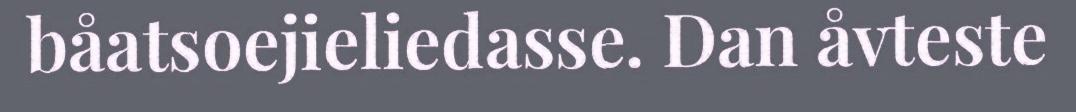
båatsoejieliedasse. Dan åvteste